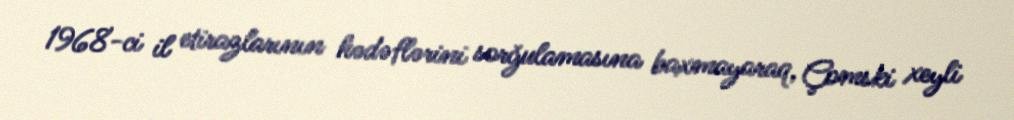
1968-ci il etirazlarının hədəflərini sorğulamasına baxmayaraq, Çomski xeyli